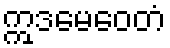
ဣဒမေဝေတံ